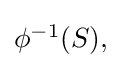
{\textstyle \phi ^{-1}(S),}